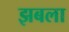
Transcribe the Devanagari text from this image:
झबला